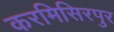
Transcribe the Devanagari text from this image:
करमिसिरपुर